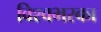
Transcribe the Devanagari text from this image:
विश्वभरका